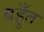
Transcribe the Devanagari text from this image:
बहुँत